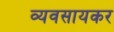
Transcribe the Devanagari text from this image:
व्यवसायकर